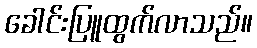
ခေါင်းပြူထွက်လာသည်။